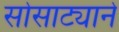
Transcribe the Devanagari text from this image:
सोसाट्याने